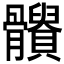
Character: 𩪹